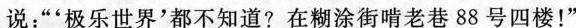
说:“‘极乐世界’都不知道?在糊涂街啃老巷88号四楼!”